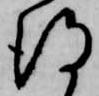
得